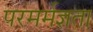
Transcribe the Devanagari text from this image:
परमर्मज्ञता